system: You are a helpful assistant.
user:
Analyze the provided spectrum to determine if it is a **Carbon Star (C-type)**.

- **Key Visual Indicators of Carbon Star:**
    - **(Primary):** Strong molecular absorption from **C₂ (diatomic carbon) "Swan Bands."** This is the **defining feature** of a carbon star.
        - **(Key Bandheads):** Sharp absorption edges are visible at approximately $5635$ Å, $5165$ Å (the strongest band), and $4737$ Å.
        - **(Line Profile):** Creates a distinct **"saw-tooth"** pattern. The key morphology is a sharp, steep bandhead on the **red (long-wavelength) side**, which then gradually tapers off (i.e., flux recovers) towards the **blue (short-wavelength) side**. *(This is the direct opposite of the TiO bands seen in M-type stars)*.

    - **(Secondary):** Intense **CN (cyanogen)** molecular absorption bands.
        - **(Key Bandheads):** Located in the blue and violet regions of the spectrum (e.g., near $4215$ Å and $3883$ Å).
        - **(Morphology):** These bands are extremely broad and act as a "blanket," absorbing the vast majority of blue and violet light. This creates a characteristic **"cliff"** or **"steep drop-off"** in the spectrum's flux at short wavelengths.

    - **(Key Confirmation):** Strong **CH absorption band (G-band)**.
        - **(Key Bandhead):** Located around $4300$ Å. The contribution from CH molecules to this band is exceptionally strong.

    - **(Overall Spectrum):**
        - The continuum is severely "chopped up" by these deep molecular bands, especially C₂, rather than appearing as a smooth curve.
        - Due to the heavy CN and C₂ absorption in the blue-green, the vast majority of the star's flux is concentrated in the red part of the spectrum, giving the star its characteristic deep red color.

Think first, call **spectral_visualization_tool** if needed to examine features in detail, then provide your final answer. Your response must adhere to the following strict rules:
1.  **Overall Structure:** Your response must follow the format `<think>...</think> <tool_call>...</tool_call> (if a tool is used) <answer>...</answer>`.
2.  **Tool Usage Constraint:** You may only make **one** tool call per turn.
3.  **Final Answer Format:** In the `<answer>` tag, your conclusion must be inside a `\boxed{}` command (e.g., `\boxed{YES}`), followed by your justification.

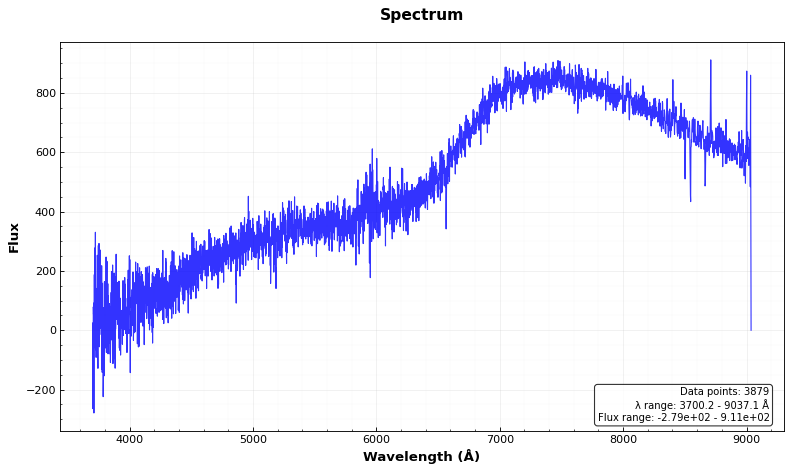
Answer: NO